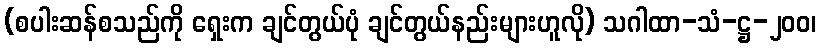
(စပါးဆန်စသည်ကို ရှေးက ချင်တွယ်ပုံ ချင်တွယ်နည်းများဟူလို) သဂါထာ-သံ-ဋ္ဌ-၂၀၀၊